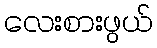
လေးစားဖွယ်